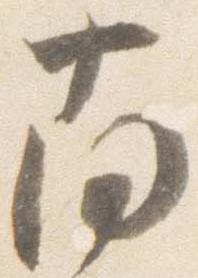
南